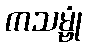
ကသမ္ဗုံ